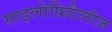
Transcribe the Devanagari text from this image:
साइलोफ़िटैलीज़